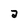
Character: a